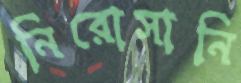
নিরোসানি